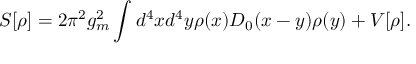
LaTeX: S [ \rho ] = 2 \pi ^ { 2 } g _ { m } ^ { 2 } \int d ^ { 4 } x d ^ { 4 } y \rho ( x ) D _ { 0 } ( x - y ) \rho ( y ) + V [ \rho ] .